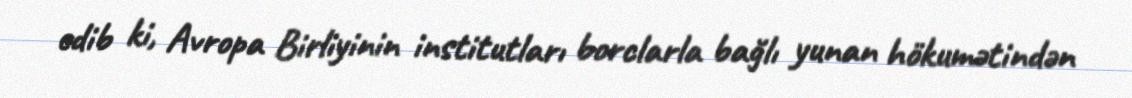
edib ki, Avropa Birliyinin institutları borclarla bağlı yunan hökumətindən